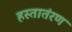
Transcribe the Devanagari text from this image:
हस्तातंरण